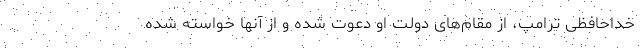
خداحافظی ترامپ، از مقام‌های دولت او دعوت شده و از آنها خواسته شده